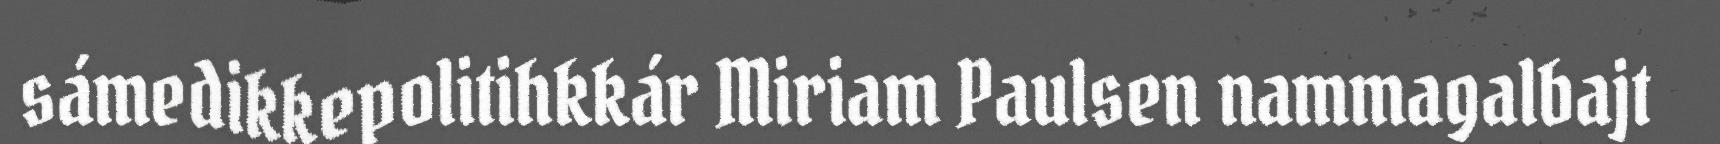
sámedikkepolitihkkár Miriam Paulsen nammagalbajt